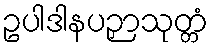
ဥပါဒါနပဉှာသုတ္တံ